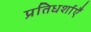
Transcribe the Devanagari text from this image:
प्रतिधर्शाएँ